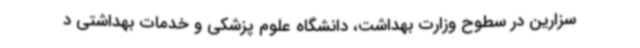
سزارین در سطوح وزارت بهداشت، دانشگاه علوم پزشکی و خدمات بهداشتی د